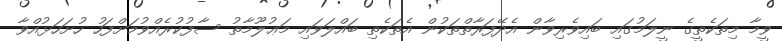
ވީމާ މިތަކެތީގެ ނީލަމުގައި ބައިވެރިވާން އެދޭފަރާތްތަކުން އެތަކެތި ބައްލަވައި މަޢުލޫމާތު ސާފުކުރެއްވުމަށްފަހު ހުށަހަޅުއްވާ